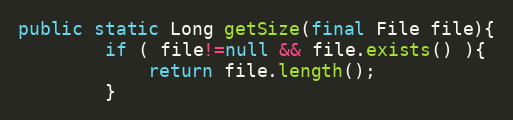
Language: Java
public static Long getSize(final File file){
        if ( file!=null && file.exists() ){
            return file.length();
        }